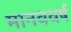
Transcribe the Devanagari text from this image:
मानववर्ष